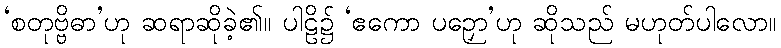
‘စတုဗ္ဗိဓာ’ဟု ဆရာဆိုခဲ့၏။ ပါဠိ၌ ‘ဧကော ပဉှော’ဟု ဆိုသည် မဟုတ်ပါလော။